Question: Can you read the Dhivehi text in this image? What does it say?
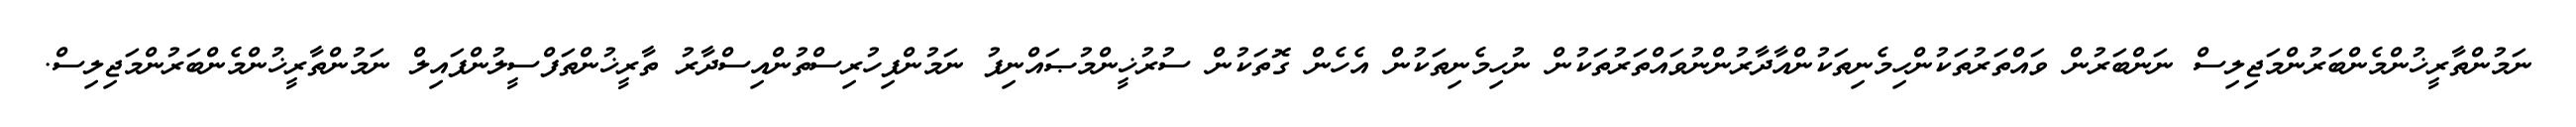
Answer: ނަމުންތާރީޚުންމެންބަރުންމަޖިލިސް ނަންބަރުން ވައްތަރުތަކުންހިމެނިތަކުންއާދާރުންނުވައްތަރުތަކުން ނުހިމެނިތަކުން އެހެން ގޮތަކުން ސުރުޚީންމުޞައްނިފު ނަމުންފިހުރިސްތުންއިސްދާރު ތާރީޚުންތަފްސީލުންފައިލް ނަމުންތާރީޚުންމެންބަރުންމަޖިލިސް.